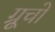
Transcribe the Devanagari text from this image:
ग्रूचो